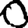
Digit: 0